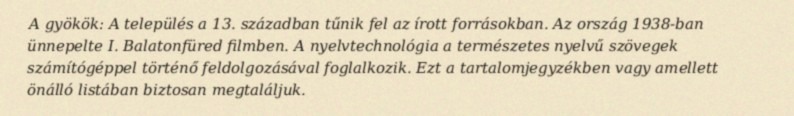
A gyökök: A település a 13. században tűnik fel az írott forrásokban. Az ország 1938-ban ünnepelte I. Balatonfüred filmben. A nyelvtechnológia a természetes nyelvű szövegek számítógéppel történő feldolgozásával foglalkozik. Ezt a tartalomjegyzékben vagy amellett önálló listában biztosan megtaláljuk.